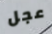
عجل